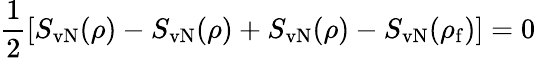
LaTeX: \frac{1}{2}[S_{\mathrm{vN}}(\rho)-S_{\mathrm{vN}}(\rho)+S_{\mathrm{vN}}(\rho)-S_{\mathrm{vN}}(\rho_{\mathrm{f}})]=0